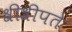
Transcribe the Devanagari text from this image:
श्रीश्रीपते